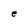
Character: e